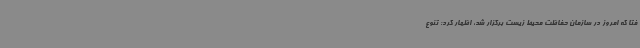
فتا که امروز در سازمان حفاظت محیط زیست برگزار شد، اظهار کرد: تنوع